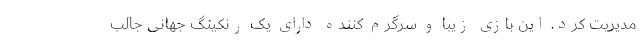
مدیریت کرد. این بازی زیبا و سرگرم کننده دارای یک رنکینگ جهانی جالب